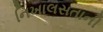
નિખાલસતાની